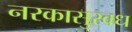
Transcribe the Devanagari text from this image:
नरकासुरवध